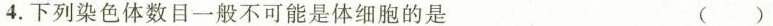
4.下列染色体数目一般不可能是（）